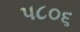
પ૮૦૬